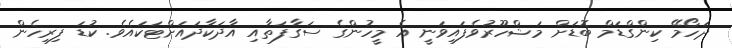
ދަހޯމޭ ކިންގްޑަމް ބޮޑަށް މަޝްހޫރުވެފައިވަނީ އެ މީހުންގެ ސަގާފަތާއި އާދަކާދައަށްޓަކައެވެ. ކުޑަ ފިރިހެން